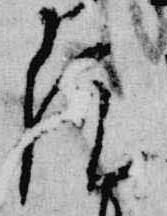
院